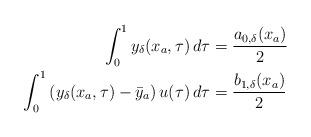
LaTeX: \begin{align*}\displaystyle \int_{0}^{1}y_\delta(x_a,\tau)\,d\tau &= \dfrac{a_{0,\delta}(x_a)}{2}\\\displaystyle \int_{0}^{1}\left ( y_\delta({x_a},\tau)-\bar{y}_a \right ) u(\tau)\,d\tau &= \dfrac{b_{1,\delta}(x_a)}{2}\end{align*}